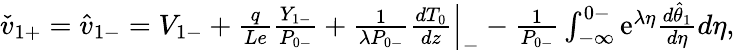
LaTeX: \begin{array}{r}{\check{v}_{1+}=\hat{v}_{1-}=V_{1-}+\frac{q}{Le}\frac{Y_{1-}}{P_{0-}}+\frac{1}{\lambda P_{0-}}\frac{dT_{0}}{dz}\Big|_{-}-\frac{1}{P_{0-}}\int_{-\infty}^{0-}\mathrm{e}^{\lambda\eta}\frac{d\hat{\theta}_{1}}{d\eta}d\eta,}\end{array}